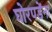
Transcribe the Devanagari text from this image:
घोरपडेंना